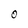
Character: 0